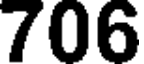
706